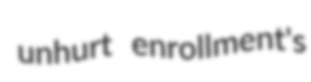
unhurt enrollment's